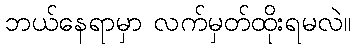
ဘယ်နေရာမှာ လက်မှတ်ထိုးရမလဲ။